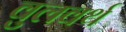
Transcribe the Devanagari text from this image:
वुलवर्थ